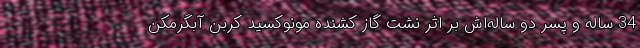
34 ساله و پسر دو ساله‌اش بر اثر نشت گاز کشنده مونوکسید کربن آبگرمکن